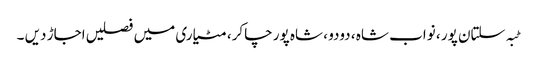
ٹبہ سلتان پور ، نواب شاہ ، دودو ، شاہ پور چاکر، مٹیاری میں فصلیں اجاڑ دیں ۔